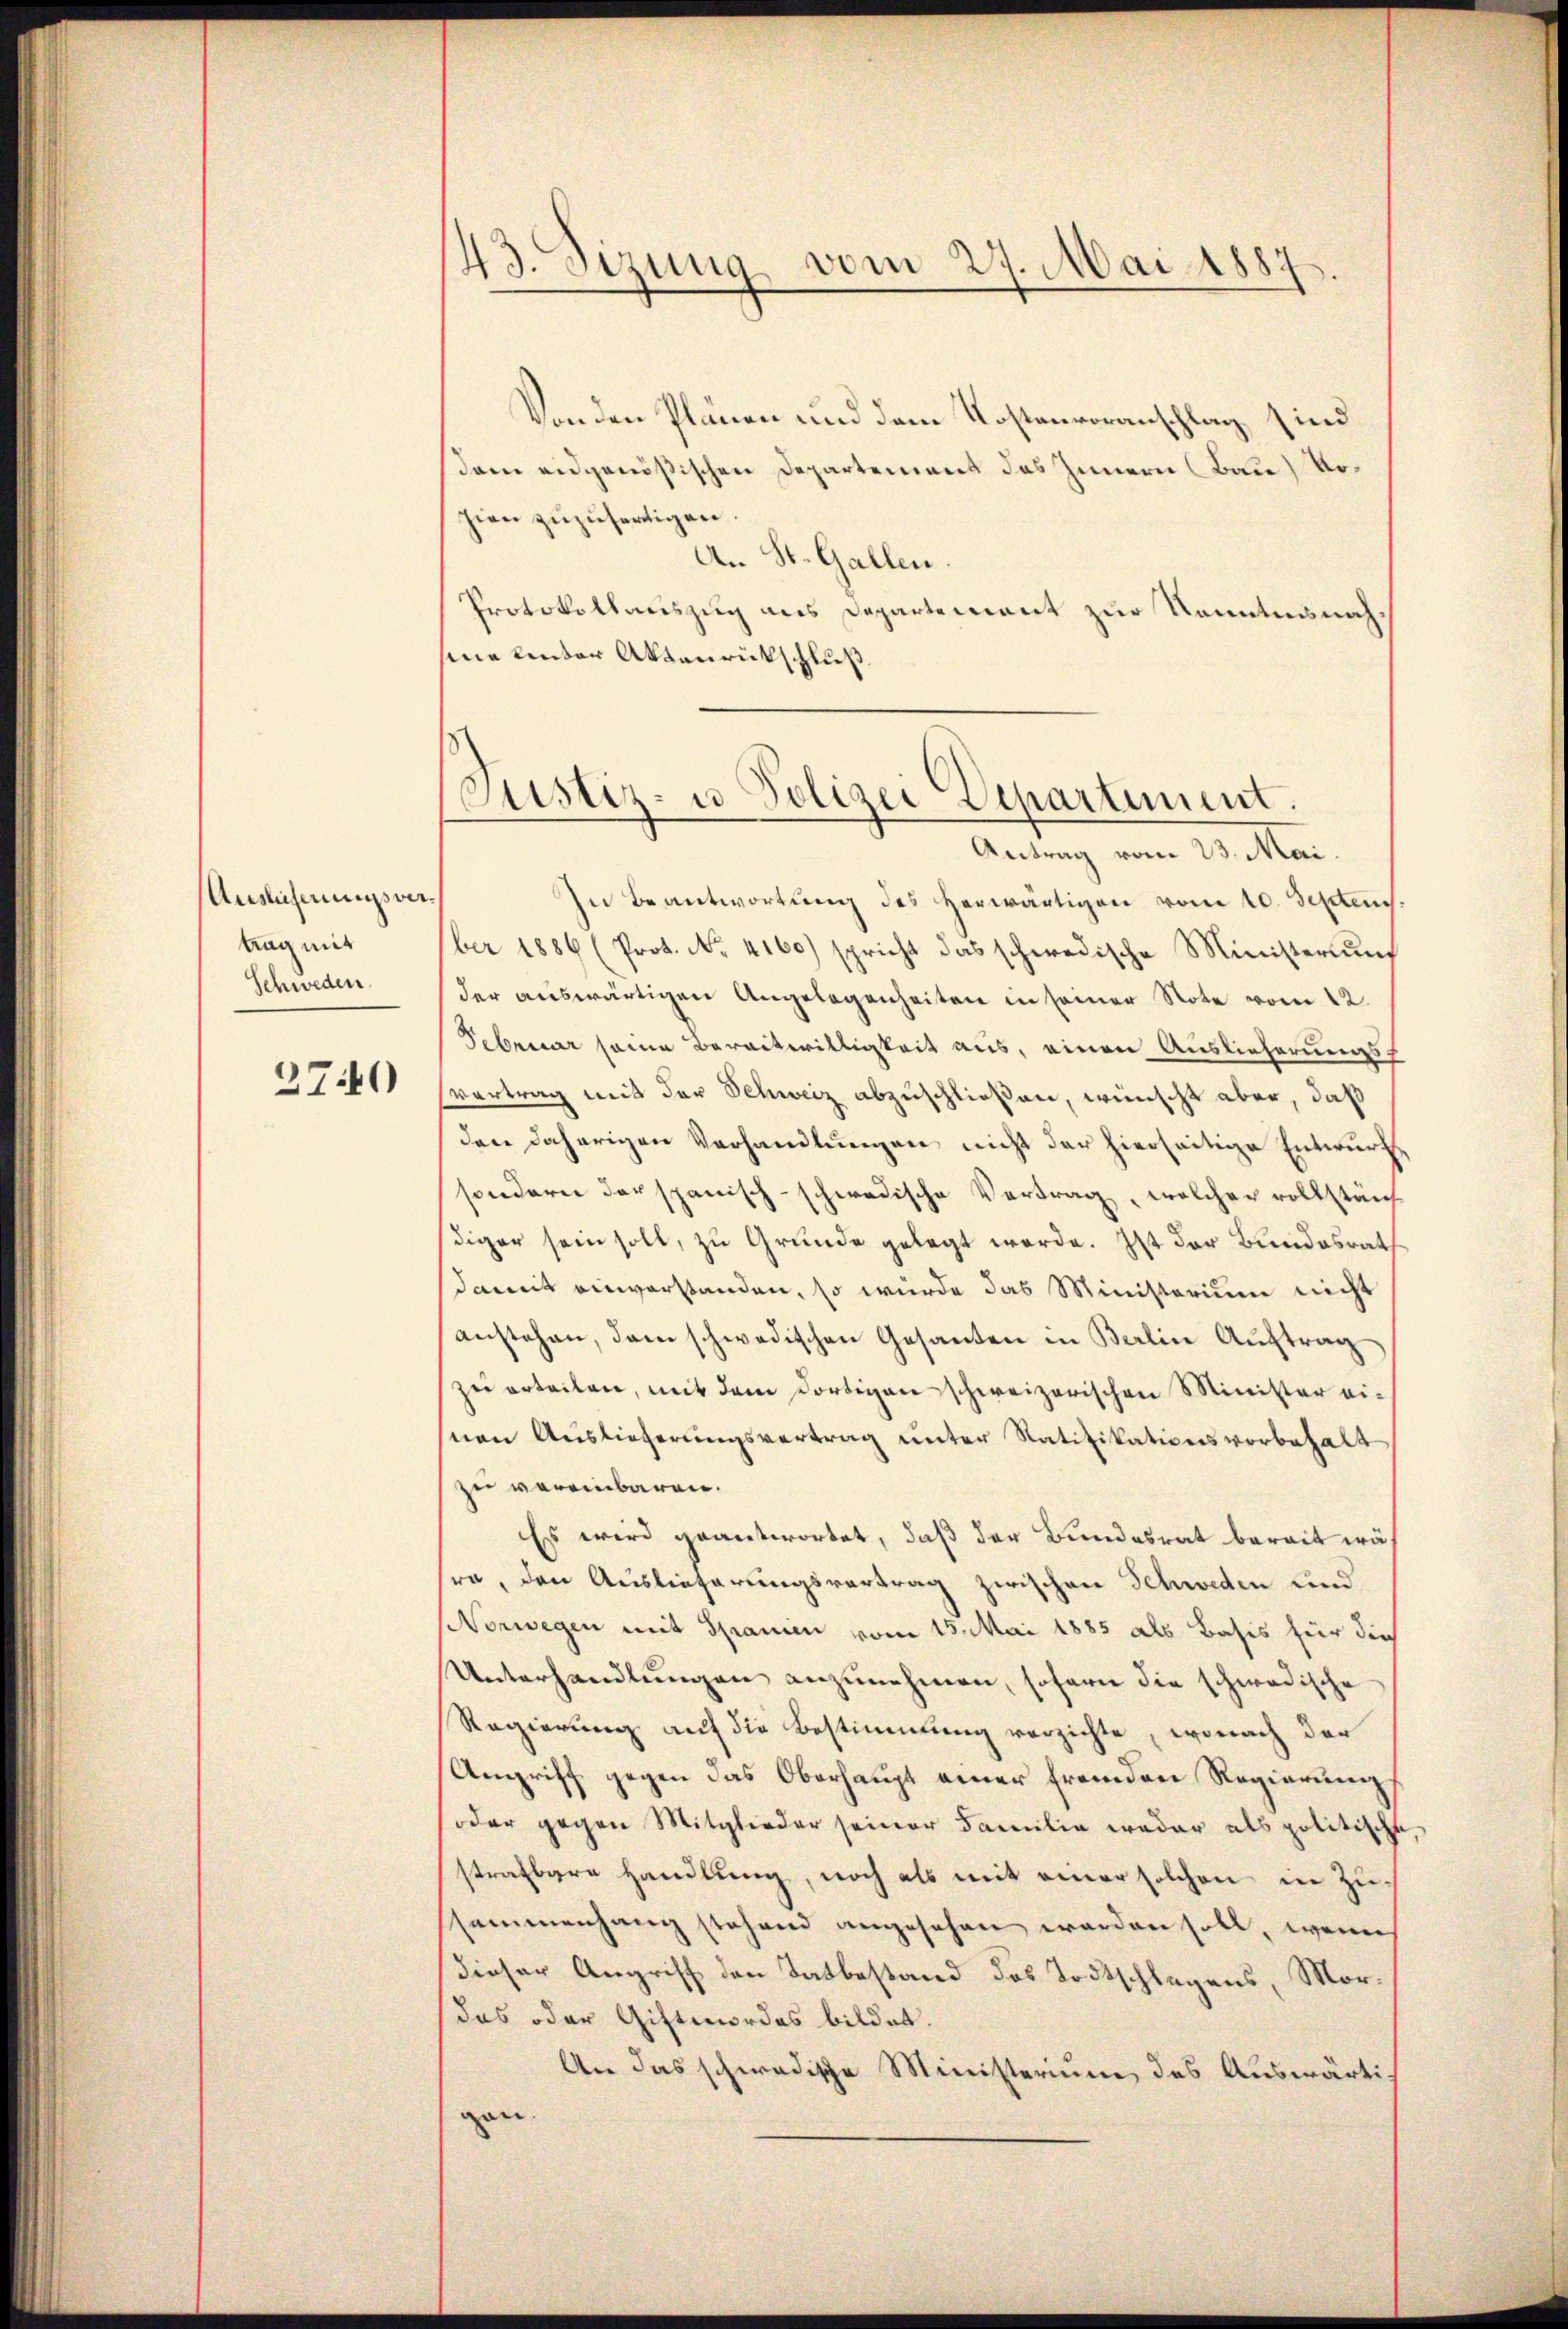
Auslicherungsvertrag mit
Schweden.

2740

43. Sizung vom 27. Mai 1887

Von den Plänen und dem Kostenvoranschlag sind
Dam eidgenößischen Departement das Innern (Bau) Vohien zuzufertigen.
An St. Gallen
Protokollauszug aus Departement zur Kenntnisnahsine linter Aktenrückschluß
In Beantwortung des herwärtigen vom 10. Septen
ber 1886 (Prot. No. 4160) spricht das schwedische Ministerium
der auswärtigen Angelegenheiten in seiner Note vom 12.
Februar seine Bereitwilligkeit aus, einen Auslieferungs
Vertrag mit der Schweiz abzuschließen, wünscht aber, daß
den daherigen Vorhandlungen nicht der hierseitige Entwurf
sondern der spanisch-schwedische Vertrag, welcher vollständ
diger sein soll, zu Grunde gelegt werde. Ist der Bundesrath
damit einverstanden, so würde das Ministerium nicht
anstehen, dem schwedischen Gesanten in Berlin Auftrag
zu erteilen, mit dem dortigenschweizerischen Minister einen Auslieferungsvertrag unter Ratifikationsvorbehalt
zu vereinbaren.
Es wird geantwortet, daß der Bundesrat bereit wäh
ra, den Auslieferungsvertrag zwischen Schweden und
NNorwegen mit Spanien vom 15. Mai 1885 als Basis für dies
Unterhandlungen anzunehmen, sofern die schwedische
Regierung auf die Bestimmung verzichte, wonach der
Angriff gegen das Oberhaupt einer fremden Regierung,
oder gegen Mitglieder seiner Familie weder als politische
strafbare Handlung, noch als mit einer solchen in Zusammenhang stehend angesehen werden soll, wenn
dieser Angriff den Tatbestand des Todtschlagens, Mordas oder Giftmordes bildet.
An das schwedische Ministerium des Auswärtigan.

Justiz- u. Polizei Departement
Antrag vom 23. Mai.